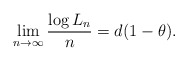
\begin{align*}\lim_{n\to\infty}\frac{\log L_n}{n}=d(1-\theta).\end{align*}